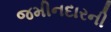
જમીનદારની